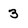
Character: 3